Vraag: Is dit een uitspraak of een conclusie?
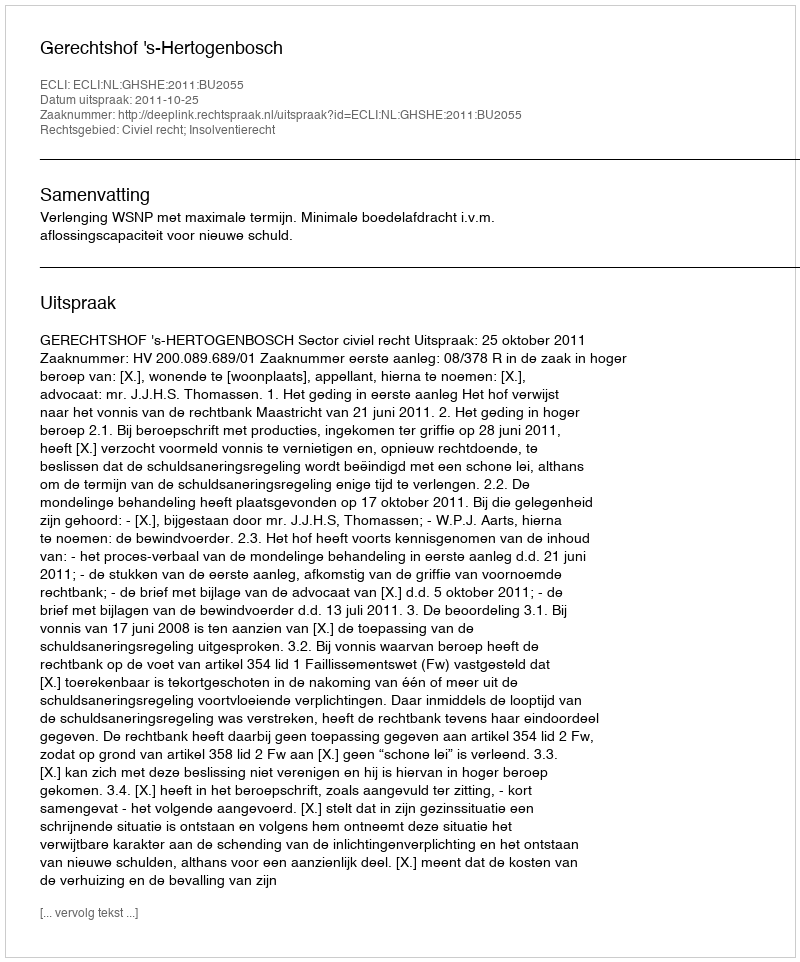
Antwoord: Uitspraak